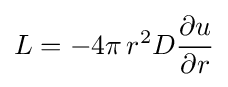
L=-4\pi \,r^{2}D{\frac {\partial u}{\partial r}}